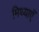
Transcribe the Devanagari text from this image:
मिथ्याएँ